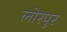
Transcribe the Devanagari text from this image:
लोरपुर